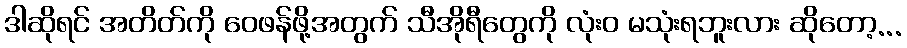
ဒါဆိုရင် အတိတ်ကို ဝေဖန်ဖို့အတွက် သီအိုရီတွေကို လုံးဝ မသုံးရဘူးလား ဆိုတော့...